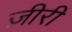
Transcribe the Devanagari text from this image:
ज़ीरी